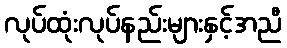
လုပ်ထုံးလုပ်နည်းများနှင့်အညီ